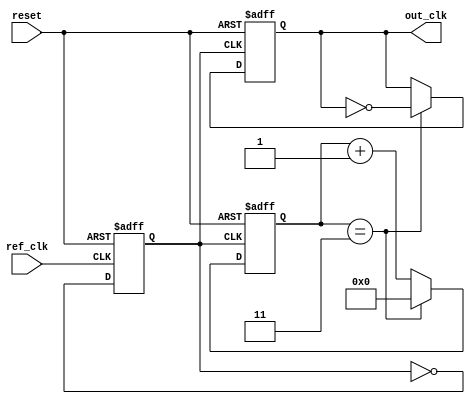
module high_performance_PLL (
    input wire ref_clk,            // Reference clock input
    input wire reset,              // Reset signal
    output reg out_clk             // Output clock signal
);

// Parameters
parameter DIV_FACTOR = 4;         // Frequency divider factor
parameter LOOP_FILTER_GAIN = 8;   // Loop filter gain

// Internal signals
reg [1:0] phase_detector_out;      // Phase detector output
reg [7:0] charge_pump_out;         // Charge pump output (control voltage)
reg [7:0] loop_filter_out;         // Loop filter output
reg [7:0] vco_freq;                // VCO frequency control
reg [3:0] divider_count;           // Frequency divider count
reg vco_clk;                       // VCO clock signal

// Phase Detector (XOR implementation)
always @(posedge ref_clk or posedge reset) begin
    if (reset) begin
        phase_detector_out <= 2'b00;
    end else begin
        phase_detector_out <= {ref_clk, out_clk} ^ 2'b11; // Simple XOR for phase detection
    end
end

// Charge Pump
always @(posedge ref_clk or posedge reset) begin
    if (reset) begin
        charge_pump_out <= 8'b0;
    end else begin
        case (phase_detector_out)
            2'b01: charge_pump_out <= charge_pump_out + 1; // Phase lead
            2'b10: charge_pump_out <= charge_pump_out - 1; // Phase lag
            default: charge_pump_out <= charge_pump_out;   // No change
        endcase
    end
end

// Loop Filter (Simple first-order filter)
always @(posedge ref_clk or posedge reset) begin
    if (reset) begin
        loop_filter_out <= 8'b0;
    end else begin
        loop_filter_out <= (LOOP_FILTER_GAIN * charge_pump_out) >> 3; // Simple low-pass filter
    end
end

// Voltage-Controlled Oscillator (VCO)
always @(posedge ref_clk or posedge reset) begin
    if (reset) begin
        vco_freq <= 8'b0;
        vco_clk <= 1'b0;
    end else begin
        vco_freq <= loop_filter_out; // Control VCO frequency
        vco_clk <= ~vco_clk; // Toggle VCO clock
    end
end

// Frequency Divider
always @(posedge vco_clk or posedge reset) begin
    if (reset) begin
        divider_count <= 4'b0;
        out_clk <= 1'b0;
    end else begin
        if (divider_count == DIV_FACTOR - 1) begin
            out_clk <= ~out_clk; // Toggle output clock
            divider_count <= 4'b0; // Reset count
        end else begin
            divider_count <= divider_count + 1; // Increment count
        end
    end
end

endmodule